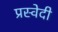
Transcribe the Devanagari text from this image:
प्रस्वेदी